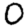
Digit: 0